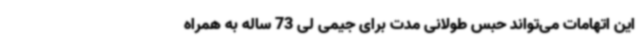
این اتهامات می‌تواند حبس طولانی مدت برای جیمی لی 73 ساله به همراه